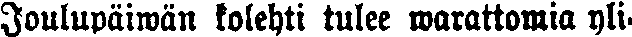
Joulupäiwän kolehti tulee warattomia yli-